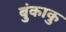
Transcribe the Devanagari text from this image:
बुंकाकु